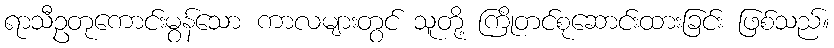
ရာသီဥတုကောင်းမွန်သော ကာလများတွင် သူတို့ ကြိုတင်စုဆောင်းထားခြင်း ဖြစ်သည်။